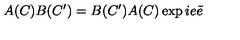
A ( C ) B ( C ^ { \prime } ) = B ( C ^ { \prime } ) A ( C ) \exp i e \tilde { e }